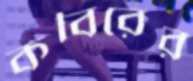
কবিরের